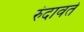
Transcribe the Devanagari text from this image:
रुंदावते